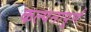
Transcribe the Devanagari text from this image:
कल्‍पनापूर्ण